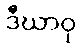
ဒီဃာဝု